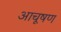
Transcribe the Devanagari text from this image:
आचूषण